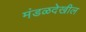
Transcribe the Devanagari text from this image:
मंडळदेखील